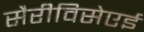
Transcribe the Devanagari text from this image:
सैरीविसेएई